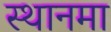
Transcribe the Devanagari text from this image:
स्थानमा